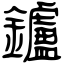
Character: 鑪